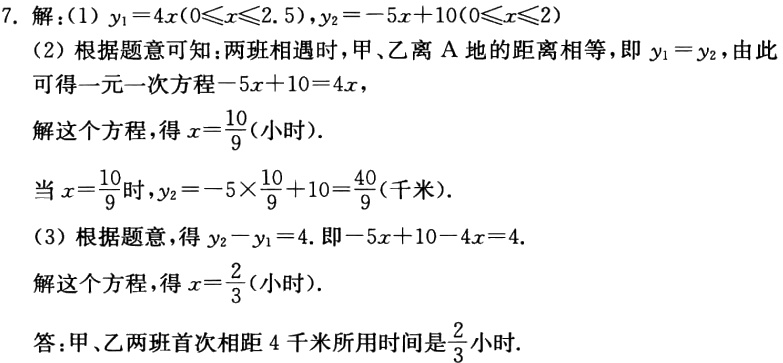
7. 解：(1) \(y_1 = 4x(0\leq x\leq2.5)\)，\(y_2=-5x + 10(0\leq x\leq2)\)
(2) 根据题意可知：两班相遇时，甲、乙离\(A\)地的距离相等，即\(y_1 = y_2\)，由此可得一元一次方程\(-5x + 10 = 4x\)，
解这个方程，得\(x=\frac{10}{9}\)(小时).
当\(x = \frac{10}{9}\)时，\(y_2=-5\times\frac{10}{9}+10=\frac{40}{9}\)(千米).
(3) 根据题意，得\(y_2 - y_1 = 4\). 即\(-5x + 10 - 4x = 4\).
解这个方程，得\(x=\frac{2}{3}\)(小时).
答：甲、乙两班首次相距\(4\)千米所用时间是\(\frac{2}{3}\)小时.